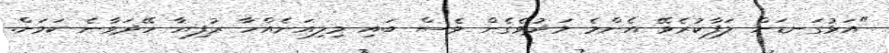
"އަޅުގަނޑަށް ލަފާކުރެވޭ އެންމެ މަދުވެގެން ވެސް ބައި މިލިއަނެއްހާ ރުފިޔާ ހޭދަވާނެ ކަމަށް.